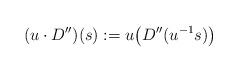
LaTeX: \begin{align*}(u\cdot D'')(s) := u\big( D''(u^{-1}s)\big)\end{align*}